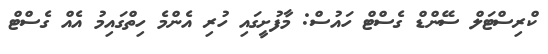
ކްރިސްޓަލް ސޭންޑް ގެސްޓް ހައުސް: މާފުށީގައި ހުރި އެންމެ ހިތްގައިމު އެއް ގެސްޓް